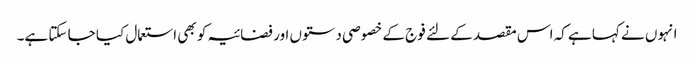
انہوں نے کہا ہے کہ اس مقصد کے لئے فوج کے خصوصی دستوں اور فضائیہ کو بھی استعمال کیا جا سکتا ہے۔